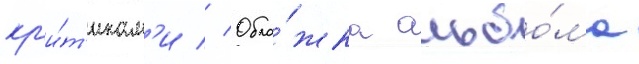
кр'и́т'икам'и // Обло́жка альбо́ма